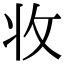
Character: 𭣣